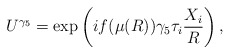
\begin{align*}U^{\gamma_5} = \exp \left( i f(\mu(R)) \gamma_5 \tau_i \frac{X_i}{R} \right),\end{align*}